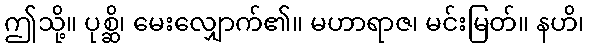
ဤသို့။ ပုစ္ဆိ၊ မေးလျှောက်၏။ မဟာရာဇ၊ မင်းမြတ်။ နဟိ၊